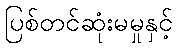
ပြစ်တင်ဆုံးမမှုနှင့်